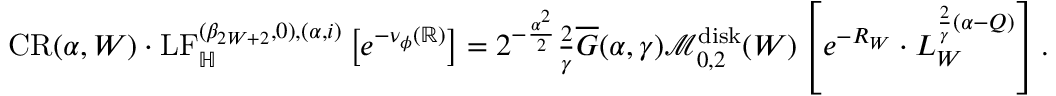
\begin{array} { r } { \mathrm { { C R } } ( \alpha , W ) \cdot \mathrm { L F } _ { \mathbb H } ^ { ( \beta _ { 2 W + 2 } , 0 ) , ( \alpha , i ) } \left[ e ^ { - \nu _ { \phi } ( \mathbb R ) } \right] = 2 ^ { - \frac { \alpha ^ { 2 } } { 2 } } \frac { 2 } { \gamma } \overline { G } ( \alpha , \gamma ) \mathcal M _ { 0 , 2 } ^ { \mathrm { d i s k } } ( W ) \left[ e ^ { - R _ { W } } \cdot L _ { W } ^ { \frac { 2 } { \gamma } ( \alpha - Q ) } \right] . } \end{array}